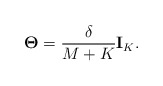
\begin{align*}\mathbf{\Theta} = {\delta \over M + K} \mathbf{I}_K.\end{align*}